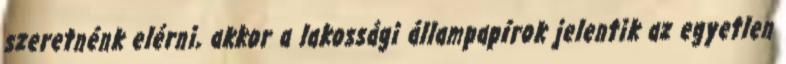
szeretnénk elérni, akkor a lakossági állampapírok jelentik az egyetlen